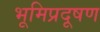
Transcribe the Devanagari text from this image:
भूमिप्रदूषण